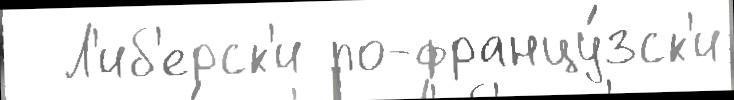
  Л'иб'ерск'и по-францу́зск'и